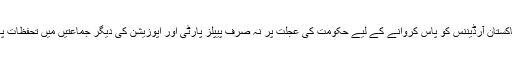
بلا شبہ تحفظ پاکستان آرڈیننس کو پاس کروانے کے لیے حکومت کی عجلت پر نہ صرف پیپلز پارٹی اور اپوزیشن کی دیگر جماعتیں میں تحفظات پائے جاتے ہیں۔